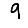
Digit: 9